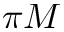
\pi M